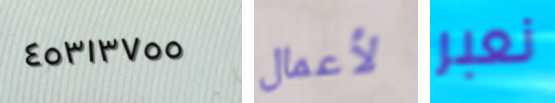
٤٥٣١٣٧٥٥ لأعمال نعبر